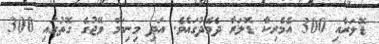
ޑޮލަރާއި 300 އެމެރިކާ ޑޮލަރާ ދެމެދުގައެވެ. އަދި މިނިމަމް ވޭޖުގެ ގޮތުގައި 300